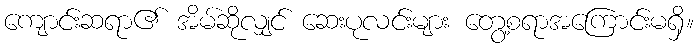
ကျောင်းဆရာ၏ အိမ်ဆိုလျှင် ဆေးပုလင်းများ တွေ့စရာအကြောင်းမရှိ။